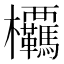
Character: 𭭂